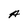
Character: A